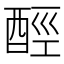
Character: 𨠸